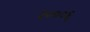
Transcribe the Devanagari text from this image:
२०००६